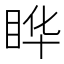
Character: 𬑓